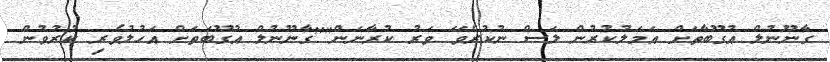
ގާނޫނުލް އުގޫބާތަށް އަމަލުކުރުން ލަސް ނުކުރެވޭ ވަރު ކުރާނަން""ގާނޫނުލް އުގޫބަތަށް އަހުލުވެރި ކުރުވުން